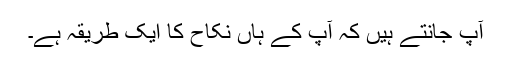
آپ جانتے ہیں کہ آپ کے ہاں نکاح کا ایک طریقہ ہے۔